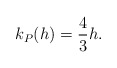
\begin{align*} \begin{aligned}k_P(h)=\frac{4}{3}h. \end{aligned} \end{align*}